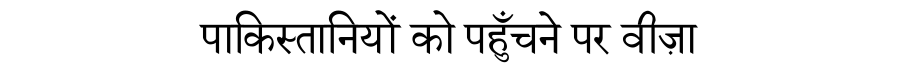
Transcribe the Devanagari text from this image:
पाकिस्तानियों को पहुँचने पर वीज़ा